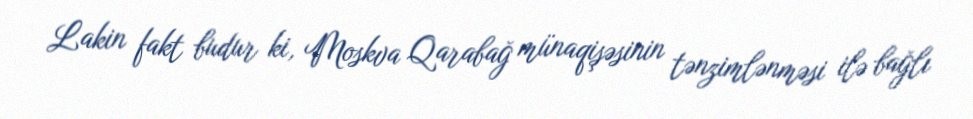
Lakin fakt budur ki, Moskva Qarabağ münaqişəsinin tənzimlənməsi ilə bağlı